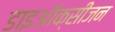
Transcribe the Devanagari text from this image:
डाइऑक्सीजन